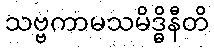
သဗ္ဗကာမသမိဒ္ဓိနီတိ